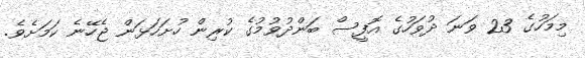
މިމަހުގެ 23 ވަނަ ދުވަހުގެ އޮފީސް ބަންދުވުމުގެ ކުރިން ހުށަހަޅަން ޖެހޭނެ ކަމަށެވެ.